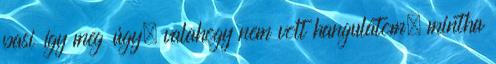
pasi így meg úgy, valahogy nem volt hangulatom, mintha